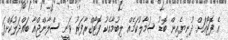
އެ ފޮޓޯއަށް ދުނިޔެއިން ބޮޑު ސަމާލުކަމެއް ލިބުމާއެކު ފޮޓޯގްރާފަރު ވަނީ ސްލާންޖްއާ ބައްދަލުކޮށްފަ